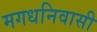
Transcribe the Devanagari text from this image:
मगधनिवासी